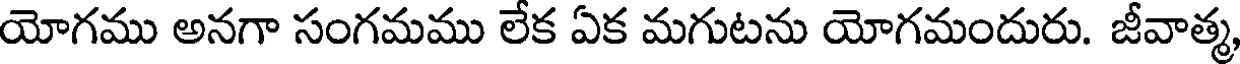
యోగము అనగా సంగమము లేక ఏక మగుటను యోగమందురు. జీవాత్మ